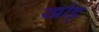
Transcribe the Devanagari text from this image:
खोड्